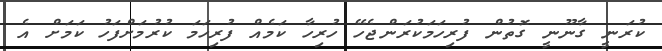
ކުރަނީ ގާނޫނީ ގޮތުން ފުރިހަމަކުރަންޖެހޭ ހުރިހާ ކަމެއް ފުރިހަމަ ކުރުމަށްފަހު ކަމަށް އެ